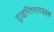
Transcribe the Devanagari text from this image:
ट्राइग्लिसराइड्स